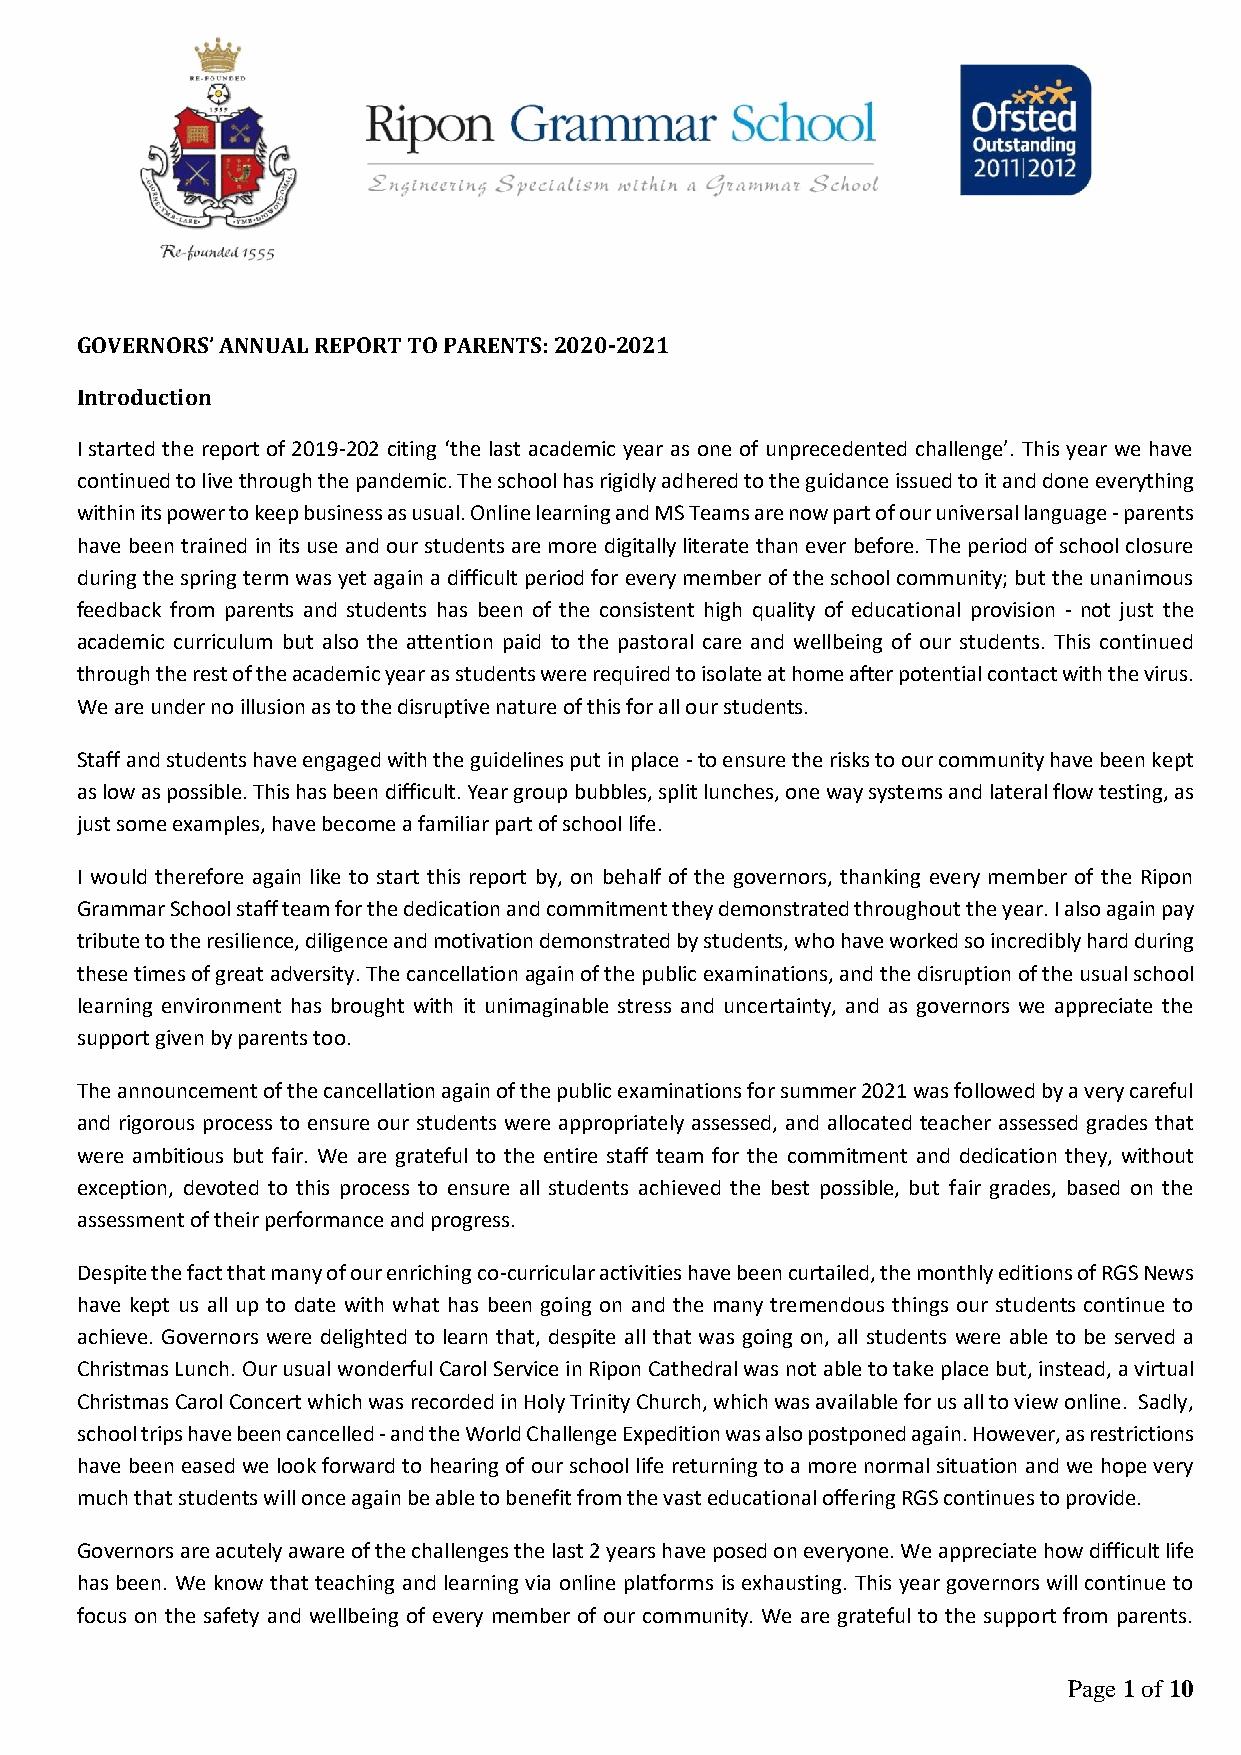
GOVERNORS’ ANNUAL REPORT TO PARENTS: 2020-2021
 Introduction
 I started the report of 2019-202 citing ‘the last academic year as one of unprecedented challenge’. This year we have
 continued to live through the pandemic. The school has rigidly adhered to the guidance issued to it and done everything
 within its power to keep business as usual. Online learning and MS Teams are now part of our universal language - parents
 have been trained in its use and our students are more digitally literate than ever before. The period of school closure
 during the spring term was yet again a difficult period for every member of the school community; but the unanimous
 feedback from parents and students has been of the consistent high quality of educational provision - not just the
 academic curriculum but also the attention paid to the pastoral care and wellbeing of our students. This continued
 through the rest of the academic year as students were required to isolate at home after potential contact with the virus.
 We are under no illusion as to the disruptive nature of this for all our students.
 Staff and students have engaged with the guidelines put in place - to ensure the risks to our community have been kept
 as low as possible. This has been difficult. Year group bubbles, split lunches, one way systems and lateral flow testing, as
 just some examples, have become a familiar part of school life.
 I would therefore again like to start this report by, on behalf of the governors, thanking every member of the Ripon
 Grammar School staff team for the dedication and commitment they demonstrated throughout the year. I also again pay
 tribute to the resilience, diligence and motivation demonstrated by students, who have worked so incredibly hard during
 these times of great adversity. The cancellation again of the public examinations, and the disruption of the usual school
 learning environment has brought with it unimaginable stress and uncertainty, and as governors we appreciate the
 support given by parents too.
 The announcement of the cancellation again of the public examinations for summer 2021 was followed by a very careful
 and rigorous process to ensure our students were appropriately assessed, and allocated teacher assessed grades that
 were ambitious but fair. We are grateful to the entire staff team for the commitment and dedication they, without
 exception, devoted to this process to ensure all students achieved the best possible, but fair grades, based on the
 assessment of their performance and progress.
 Despite the fact that many of our enriching co-curricular activities have been curtailed, the monthly editions of RGS News
 have kept us all up to date with what has been going on and the many tremendous things our students continue to
 achieve. Governors were delighted to learn that, despite all that was going on, all students were able to be served a
 Christmas Lunch. Our usual wonderful Carol Service in Ripon Cathedral was not able to take place but, instead, a virtual
 Christmas Carol Concert which was recorded in Holy Trinity Church, which was available for us all to view online. Sadly,
 school trips have been cancelled - and the World Challenge Expedition was also postponed again. However, as restrictions
 have been eased we look forward to hearing of our school life returning to a more normal situation and we hope very
 much that students will once again be able to benefit from the vast educational offering RGS continues to provide.
 Governors are acutely aware of the challenges the last 2 years have posed on everyone. We appreciate how difficult life
 has been. We know that teaching and learning via online platforms is exhausting. This year governors will continue to
 focus on the safety and wellbeing of every member of our community. We are grateful to the support from parents.
 Page 1 of 10